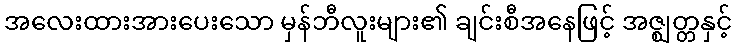
အလေးထားအားပေးသော မှန်ဘီလူးများ၏ ချင်းစီအနေဖြင့် အဇ္ဈတ္တနှင့်